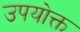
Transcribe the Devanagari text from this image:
उपयोक्त